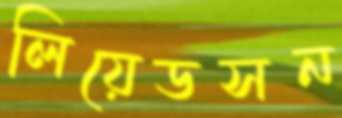
লিয়েডসন